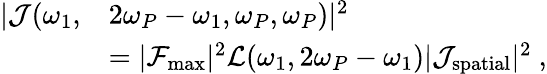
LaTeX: \begin{array}{rl}{|\mathcal{J}(\omega_{1},}&{2\omega_{P}-\omega_{1},\omega_{P},\omega_{P})|^{2}}\\ &{=|\mathcal{F}_{\mathrm{max}}|^{2}\mathcal{L}(\omega_{1},2\omega_{P}-\omega_{1})|\mathcal{J}_{\mathrm{spatial}}|^{2}\ ,}\end{array}